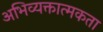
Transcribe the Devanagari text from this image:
अभिव्यक्तात्मकता